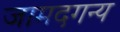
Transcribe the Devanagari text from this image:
जामदगन्य